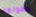
عقولهم